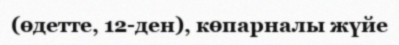
(өдетте, 12-ден), көпарналы жүйе